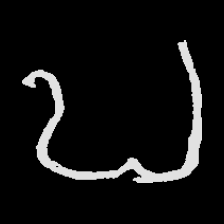
Pyu character \u2014 Myanmar letter: ဎ (romanized: ddha)